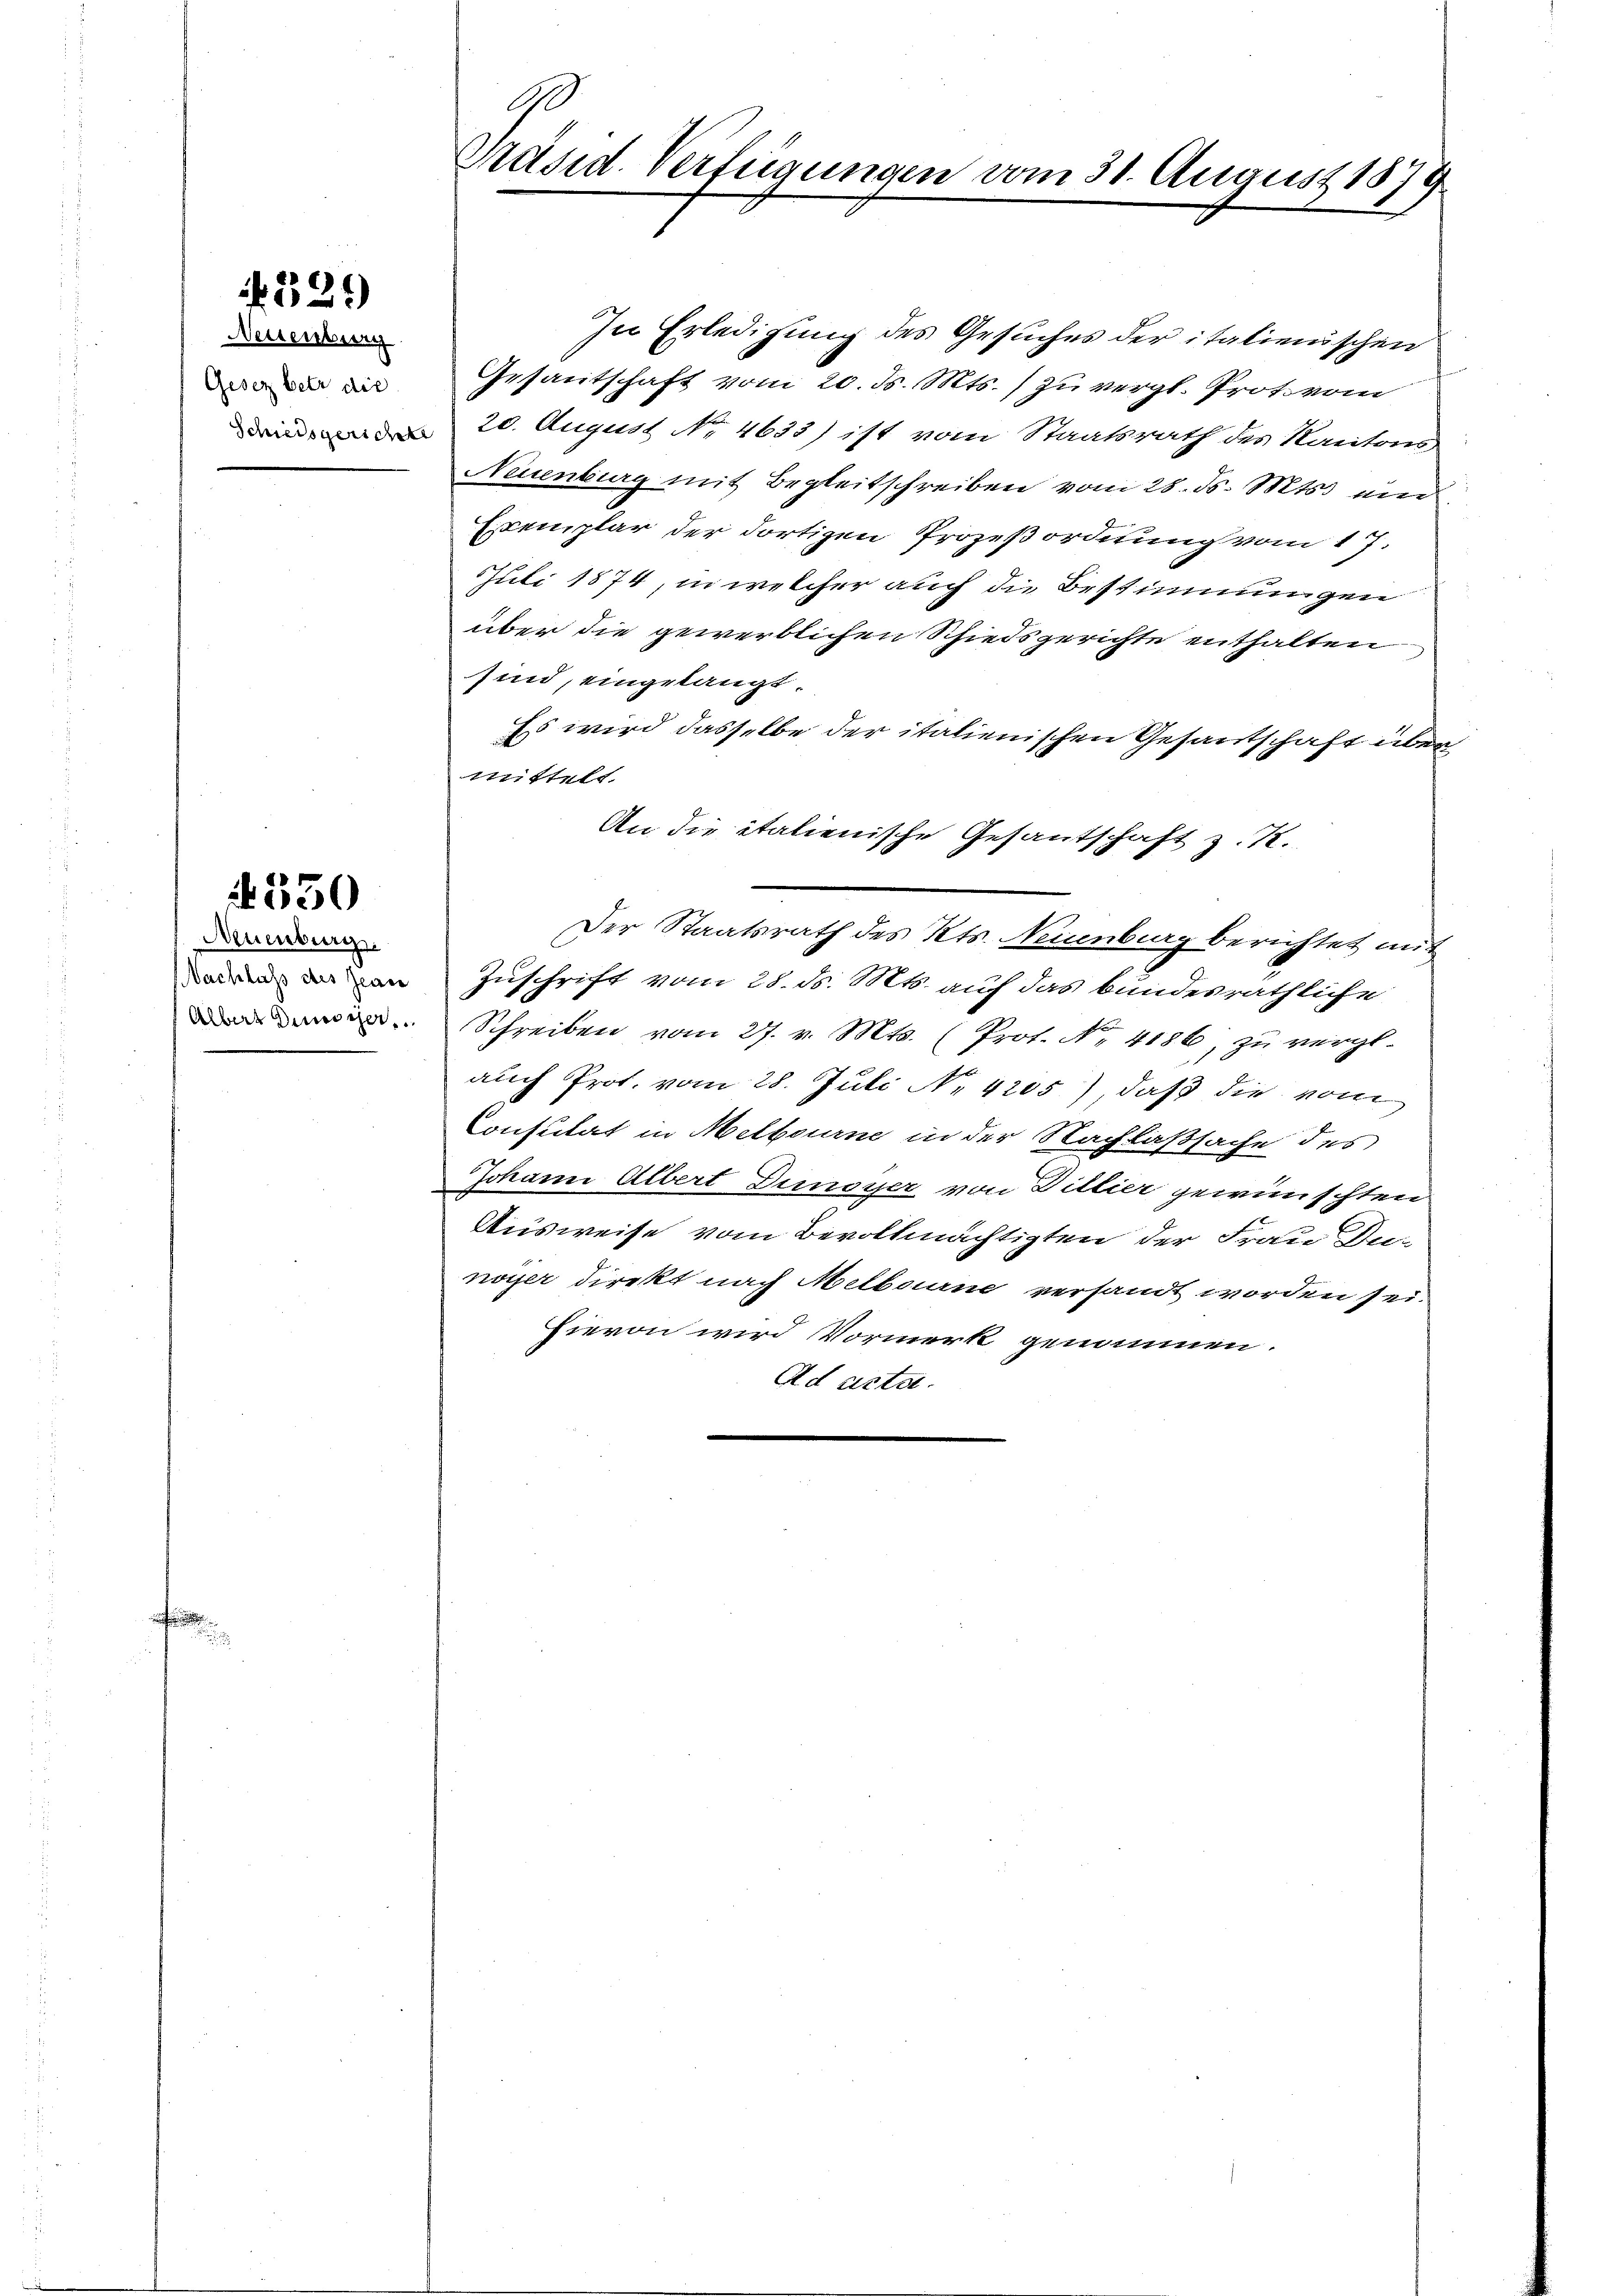
f. 539

Neuenburg
Gesez betr die

Auenburg.
Nachlass des Jeare
Alber Disser

§ 330

G
Präsid. Verfügungen vom 31. August 1879

In Erledigung des Gesuches der italienischen
Gesantschaft vom 20. ds. Mts. zu vergl. Prote vom
n 20. August No. 4633) ist vom Staatsrath des Kantons
Neuenburg mit Begleitschreiben vom 28. ds. Mts. ein
Exemplar der dortigen Prozeßordnung vom 17.
Juli 1874, in welcher auch die Bestimmungen
über die gewerblichen Schiedsgerichte enthalten
sind, eingelangt.
Es wird dasselbe der italienischen Gesantschaft über
mittelt.
An die italienische Gesantschaft z. K.
Der Staatsrath des Kts. Neuenburg berichtet mit
Zuschrift vom 28. ds. Mts. auf das bundesräthliche
Schreiben vom 27. v. Mts. (Prot. N. 4186, zu vergl.
auch Prot. vom 28. Juli N. 4205), daß die vom
Consulat in Melbourne in der Nachlaßsache des
Johann Albert Dumoyer von Dillier gewünschten
Ausweise vom Bevollmächtigten der Frau Du-
noyer direkt nach Melbourne versandt worden sein
Hievon wird Vormerk genommen.
Ad acta.